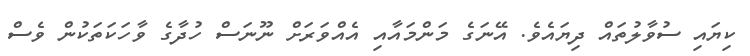
ކިޔައި ސުވާލުތައް ދިޔައެވެ. އޭނަގެ މަންމައާއި އެއްވަރަށް ނޫނަސް ހުދާގެ ވާހަކަތަކުން ވެސް